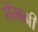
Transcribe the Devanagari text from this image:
रॉमनी